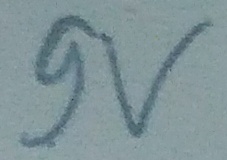
Text: 9v